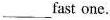
___fast one.